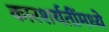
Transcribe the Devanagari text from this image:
कारशर्यतींमध्ये